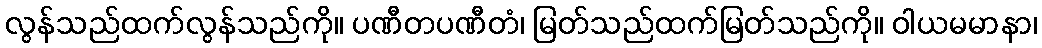
လွန်သည်ထက်လွန်သည်ကို။ ပဏီတပဏီတံ၊ မြတ်သည်ထက်မြတ်သည်ကို။ ဝါယမမာနာ၊